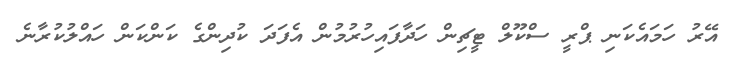
އޭރު ހަމައެކަނި ޕްރީ ސްކޫލް ޓީޗިން ހަދާފައިހުރުމުން އެފަދަ ކުދިންގެ ކަންކަން ހައްލުކުރާނެ